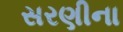
સરણીના